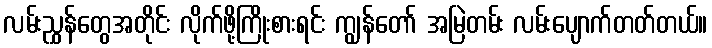
လမ်းညွှန်တွေအတိုင်း လိုက်ဖို့ကြိုးစားရင်း ကျွန်တော် အမြဲတမ်း လမ်းပျောက်တတ်တယ်။